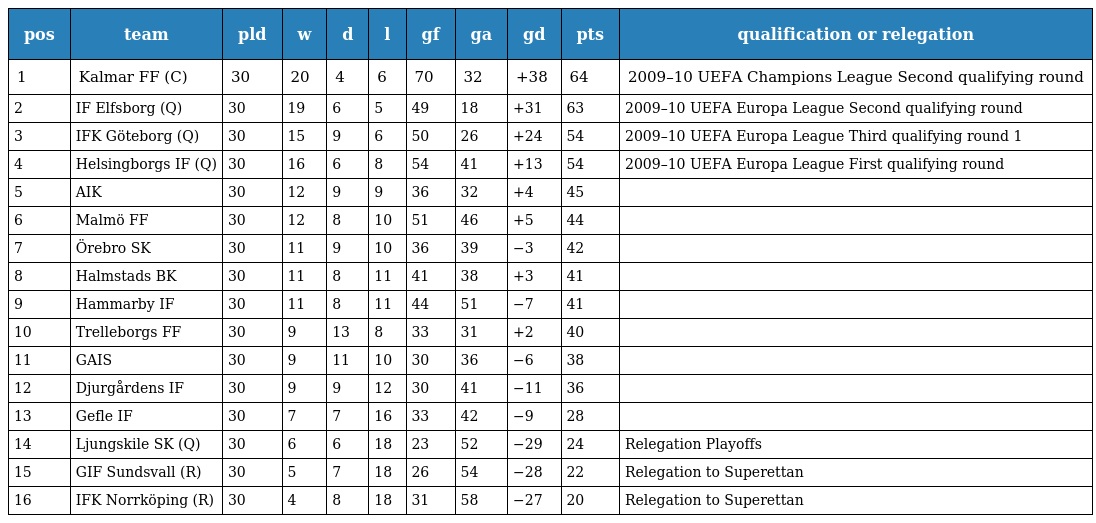
| pos | team | pld | w | d | l | gf | ga | gd | pts | qualification or relegation |
 | --- | --- | --- | --- | --- | --- | --- | --- | --- | --- | --- |
 | 1 | Kalmar FF (C) | 30 | 20 | 4 | 6 | 70 | 32 | +38 | 64 | 2009–10 UEFA Champions League Second qualifying round |
 | 2 | IF Elfsborg (Q) | 30 | 19 | 6 | 5 | 49 | 18 | +31 | 63 | 2009–10 UEFA Europa League Second qualifying round |
 | 3 | IFK Göteborg (Q) | 30 | 15 | 9 | 6 | 50 | 26 | +24 | 54 | 2009–10 UEFA Europa League Third qualifying round 1 |
 | 4 | Helsingborgs IF (Q) | 30 | 16 | 6 | 8 | 54 | 41 | +13 | 54 | 2009–10 UEFA Europa League First qualifying round |
 | 5 | AIK | 30 | 12 | 9 | 9 | 36 | 32 | +4 | 45 |  |
 | 6 | Malmö FF | 30 | 12 | 8 | 10 | 51 | 46 | +5 | 44 |  |
 | 7 | Örebro SK | 30 | 11 | 9 | 10 | 36 | 39 | −3 | 42 |  |
 | 8 | Halmstads BK | 30 | 11 | 8 | 11 | 41 | 38 | +3 | 41 |  |
 | 9 | Hammarby IF | 30 | 11 | 8 | 11 | 44 | 51 | −7 | 41 |  |
 | 10 | Trelleborgs FF | 30 | 9 | 13 | 8 | 33 | 31 | +2 | 40 |  |
 | 11 | GAIS | 30 | 9 | 11 | 10 | 30 | 36 | −6 | 38 |  |
 | 12 | Djurgårdens IF | 30 | 9 | 9 | 12 | 30 | 41 | −11 | 36 |  |
 | 13 | Gefle IF | 30 | 7 | 7 | 16 | 33 | 42 | −9 | 28 |  |
 | 14 | Ljungskile SK (Q) | 30 | 6 | 6 | 18 | 23 | 52 | −29 | 24 | Relegation Playoffs |
 | 15 | GIF Sundsvall (R) | 30 | 5 | 7 | 18 | 26 | 54 | −28 | 22 | Relegation to Superettan |
 | 16 | IFK Norrköping (R) | 30 | 4 | 8 | 18 | 31 | 58 | −27 | 20 | Relegation to Superettan |